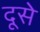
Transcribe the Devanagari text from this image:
दूसे